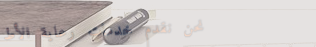
نحن نقدم خدمات رعاية الأط